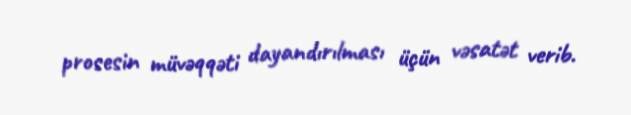
prosesin müvəqqəti dayandırılması üçün vəsatət verib.